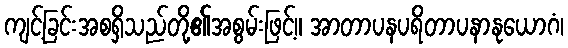
ကျင့်ခြင်းအစရှိသည်တို့၏အစွမ်းဖြင့်။ အာတာပနပရိတာပနာနုယောဂံ၊